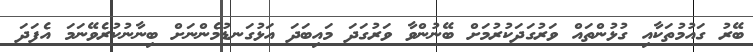
ބޭރު ގައުމުތަކާއި ގުޅުންތައް ވަރުގަދަކުރުމަށް ބޭނުންވާ ވަރުގަދަ މައިބަދަ އަޅުގަނޑުމެންނަށް ބިނާނުކުރެވޭނަމަ އެފަދަ